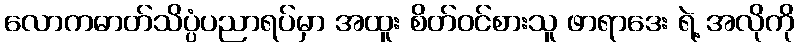
လောကဓာတ်သိပ္ပံပညာရပ်မှာ အထူး စိတ်ဝင်စားသူ ဖာရာဒေး ရဲ့ အလိုကို